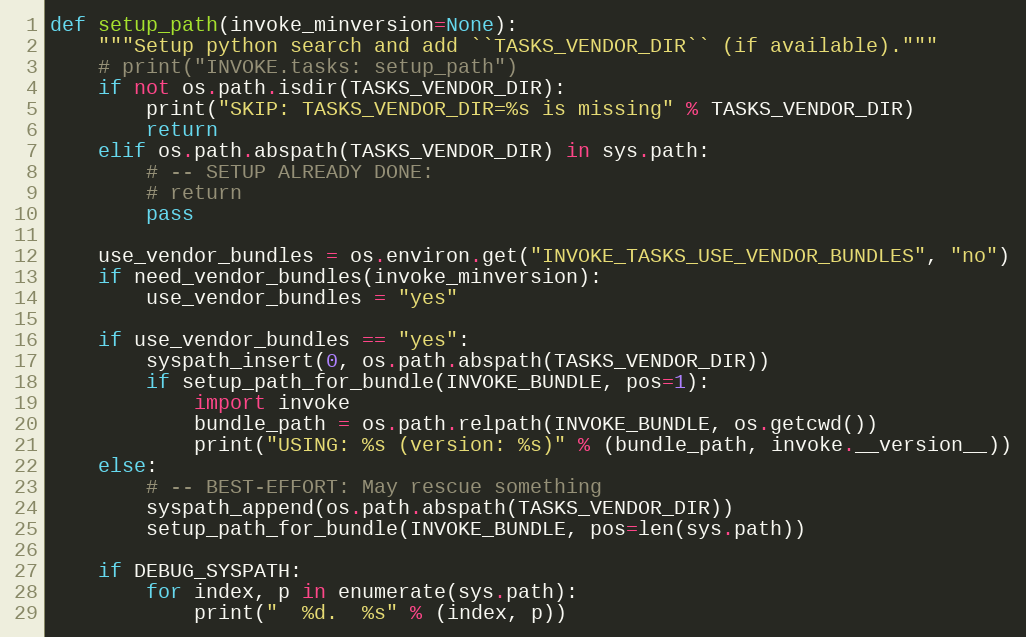
Language: Python
def setup_path(invoke_minversion=None):
    """Setup python search and add ``TASKS_VENDOR_DIR`` (if available)."""
    # print("INVOKE.tasks: setup_path")
    if not os.path.isdir(TASKS_VENDOR_DIR):
        print("SKIP: TASKS_VENDOR_DIR=%s is missing" % TASKS_VENDOR_DIR)
        return
    elif os.path.abspath(TASKS_VENDOR_DIR) in sys.path:
        # -- SETUP ALREADY DONE:
        # return
        pass

    use_vendor_bundles = os.environ.get("INVOKE_TASKS_USE_VENDOR_BUNDLES", "no")
    if need_vendor_bundles(invoke_minversion):
        use_vendor_bundles = "yes"

    if use_vendor_bundles == "yes":
        syspath_insert(0, os.path.abspath(TASKS_VENDOR_DIR))
        if setup_path_for_bundle(INVOKE_BUNDLE, pos=1):
            import invoke
            bundle_path = os.path.relpath(INVOKE_BUNDLE, os.getcwd())
            print("USING: %s (version: %s)" % (bundle_path, invoke.__version__))
    else:
        # -- BEST-EFFORT: May rescue something
        syspath_append(os.path.abspath(TASKS_VENDOR_DIR))
        setup_path_for_bundle(INVOKE_BUNDLE, pos=len(sys.path))

    if DEBUG_SYSPATH:
        for index, p in enumerate(sys.path):
            print("  %d.  %s" % (index, p))